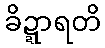
ခိဍ္ဍာရတိ